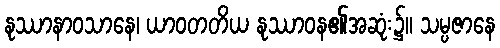
နုဿာနာဝသာနေ၊ ယာဝတတိယ နုဿာဝန၏အဆုံး၌။ သမ္ပဇာနေ